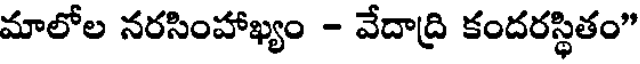
మాలోల నరసింహాఖ్యం - వేదాద్రి కందరస్థితం"